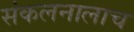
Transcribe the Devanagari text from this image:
संकलनालाच